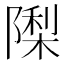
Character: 𮥟